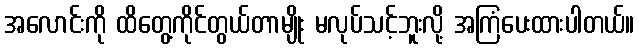
အလောင်းကို ထိတွေ့ကိုင်တွယ်တာမျိုး မလုပ်သင့်ဘူးလို့ အကြံပေးထားပါတယ်။